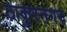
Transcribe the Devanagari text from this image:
ठाकुरनगर